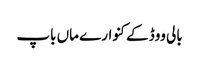
بالی ووڈ کے کنوارے ماں باپ